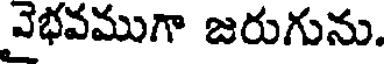
వైభవముగా జరుగును.